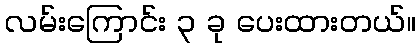
လမ်းကြောင်း ၃ ခု ပေးထားတယ်။